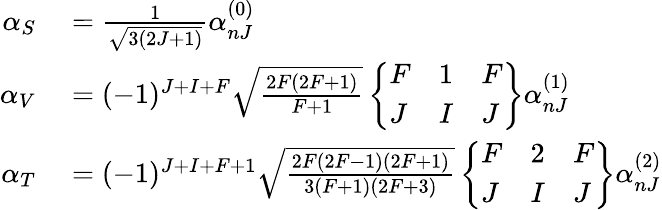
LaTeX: \begin{array}{rl}{\alpha_{S}}&{{}=\frac{1}{\sqrt{3(2J+1)}}\alpha_{nJ}^{(0)}}\\ {\alpha_{V}}&{{}=(-1)^{J+I+F}\sqrt{\frac{2F(2F+1)}{F+1}}\left\{ \begin{array}{lll}{F}&{1}&{F}\\ {J}&{I}&{J}\end{array}\right\} \alpha_{nJ}^{(1)}}\\ {\alpha_{T}}&{{}=(-1)^{J+I+F+1}\sqrt{\frac{2F(2F-1)(2F+1)}{3(F+1)(2F+3)}}\left\{ \begin{array}{lll}{F}&{2}&{F}\\ {J}&{I}&{J}\end{array}\right\} \alpha_{nJ}^{(2)}}\end{array}